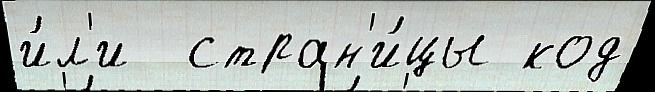
и́л'и  стран'и́цы код